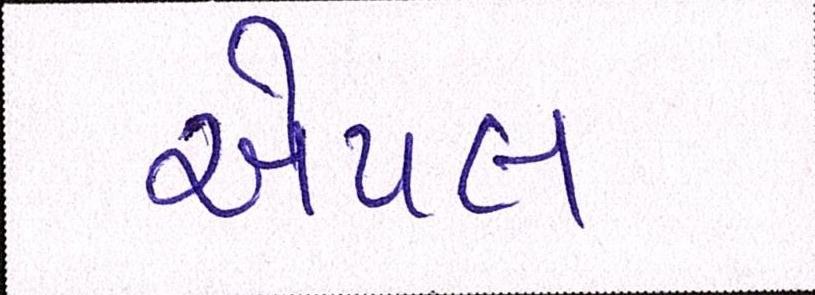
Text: એપલ